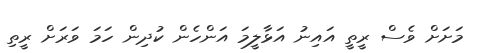
މަށަށް ވެސް ރީތީ އައިނު އަޅާލީމަ އަންހެން ކުދިން ހަމަ ވަރަށް ރީތި